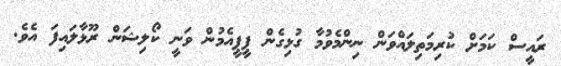
ރައީސް ކަމަށް ކުރިމަތިލައްވަން ނިންމެވުމާ ގުޅިގެން ޕީޕީއެމުން ވަނީ ކޯލިޝަން ރޫޅާލައިފަ އެވެ.